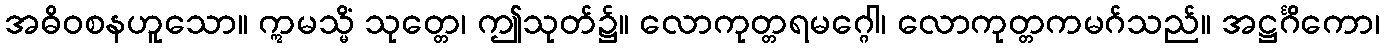
အဓိဝစနဟူသော။ ဣမသ္မိံ သုတ္တေ၊ ဤသုတ်၌။ လောကုတ္တရမဂ္ဂေါ၊ လောကုတ္တကမဂ်သည်။ အဋ္ဌင်္ဂိကော၊